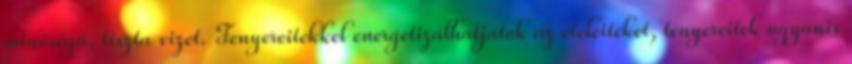
minőségű, tiszta vizet. Tenyereitekkel energetizálhatjátok az ételeiteket, tenyereitek ugyanis